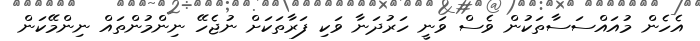
އެހެން މުއައްސަސާތަކުން ވެސް ވަނީ ހަރުދަނާ ވަކި ފަރާތަކަށް ނުޖެހޭ ނިންމުންތައް ނިންމޭކަން